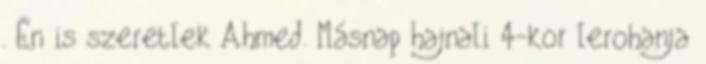
. Én is szeretlek Ahmed. Másnap hajnali 4-kor lerohanja